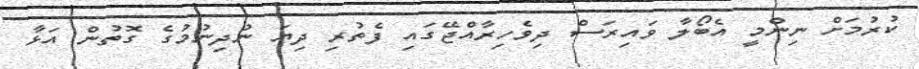
ކުރުމަށް ނިންމީ އެބޯލާ ވައިރަސް ދިވެހިރާއްޖޭގައި ފެތުރި ދިޔަ ނުދިނުމުގެ ގޮތުން އަޅާ